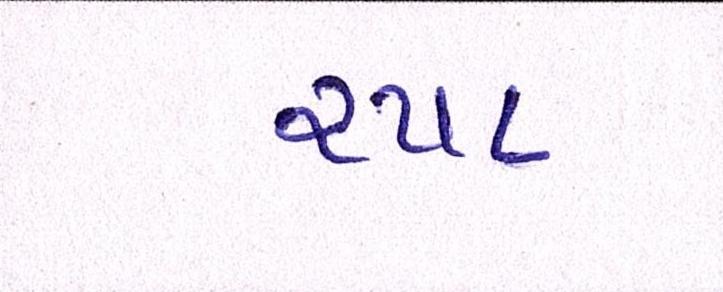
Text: ૨૫૪